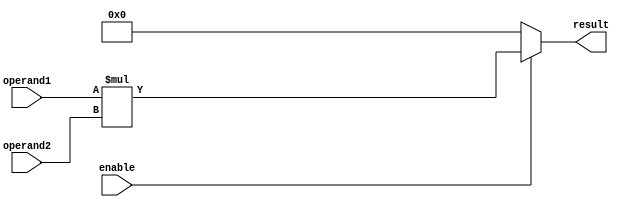
module multiplier (
    input wire enable,
    input wire [7:0] operand1,
    input wire [7:0] operand2,
    output reg [15:0] result
);

always @ (*) begin
    if (enable) begin
        result = operand1 * operand2;
    end else begin
        result = 16'b0;
    end
end

endmodule